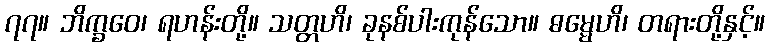
၇၇။ ဘိက္ခဝေ၊ ရဟန်းတို့။ သတ္တဟိ၊ ခုနစ်ပါးကုန်သော။ ဓမ္မေဟိ၊ တရားတို့နှင့်။